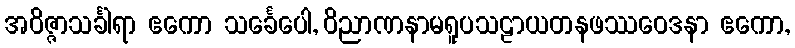
အဝိဇ္ဇာသင်္ခါရာ ဧကော သင်္ခေပေါ, ဝိညာဏနာမရူပသဠာယတနဖဿဝေဒနာ ဧကော,